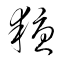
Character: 耰